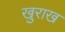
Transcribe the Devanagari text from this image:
खुराख